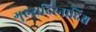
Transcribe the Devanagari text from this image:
गुरुरादिरनादिश्च